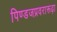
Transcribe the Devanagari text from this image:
पिण्डजप्रवरारूढ़ा